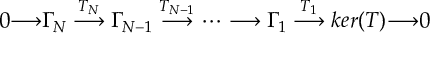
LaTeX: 0 { \longrightarrow } \Gamma _ { \! N } \stackrel { T _ { N } } { \longrightarrow } \Gamma _ { \! N - 1 } \stackrel { T _ { N - 1 } } { \longrightarrow } \dots \longrightarrow \Gamma _ { \! 1 } \stackrel { T _ { 1 } } { \longrightarrow } k e r ( T ) { \longrightarrow } 0